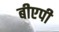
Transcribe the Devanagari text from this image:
बीएपी